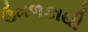
ઉમળકાથી